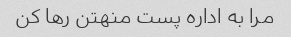
مرا به اداره پست منهتن رها کن